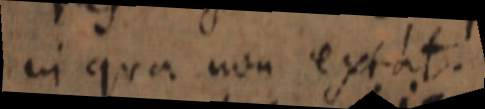
in qua non extat.